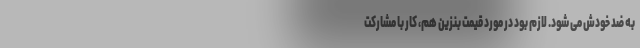
به ضد خودش می شود. لازم بود در مورد قیمت بنزین هم، کار با مشارکت